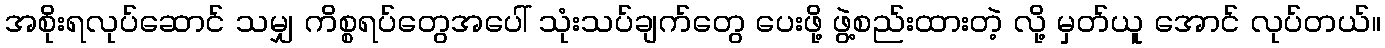
အစိုးရလုပ်ဆောင် သမျှ ကိစ္စရပ်တွေအပေါ် သုံးသပ်ချက်တွေ ပေးဖို့ ဖွဲ့စည်းထားတဲ့ လို့ မှတ်ယူ အောင် လုပ်တယ်။